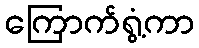
ကြောက်ရွံ့ကာ